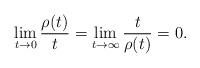
LaTeX: \begin{align*} \lim_{t\rightarrow0}\frac{\rho(t)}{t}= \lim_{t\rightarrow\infty}\frac{t}{\rho(t)}=0.\end{align*}